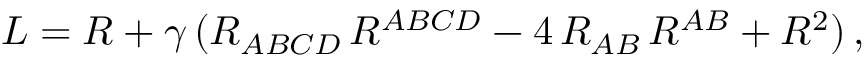
{ \cal L } = R + \gamma \, ( R _ { A B C D } \, R ^ { A B C D } - 4 \, R _ { A B } \, R ^ { A B } + R ^ { 2 } ) \, ,